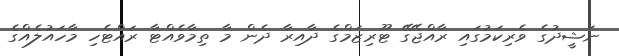
ނަޝީދުގެ ވެރިކަމުގައި ރާއްޖޭގޭ ޓޫރިޒަމްގެ ދާއިރާ ދެން މާ ތިމާވެއްޓާ ރައްޓެހި މާހައުލެއްގެ